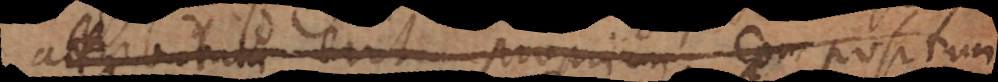
attributum erit proprium. Compositum